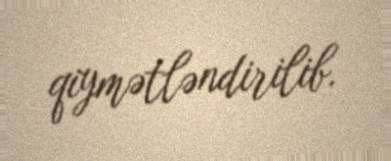
qiymətləndirilib.